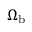
\Omega _ { \mathrm { b } }